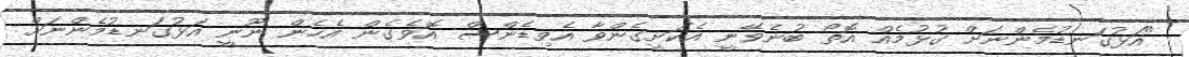
"އަޅުގަނޑުމެންނަށް ގުޅުމެއް އޮތޯ ބުނެވޭނީ އެކަށީގެންވާ އެވިޑެންސް އޮވެގެން އެހެން ނޫނީ އަޅުގަނޑުމެންނަށް